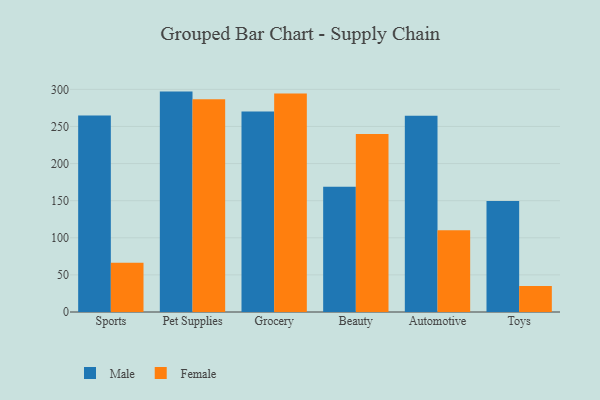
{"axis": {"x": "Category", "y": "Customer Acquisition Cost (USD)"}, "legend": ["Female", "Male"], "data": [{"x": "Sports", "y": 264.9, "type": "Male"}, {"x": "Sports", "y": 66.4, "type": "Female"}, {"x": "Pet Supplies", "y": 297.0, "type": "Male"}, {"x": "Pet Supplies", "y": 286.8, "type": "Female"}, {"x": "Grocery", "y": 270.3, "type": "Male"}, {"x": "Grocery", "y": 294.6, "type": "Female"}, {"x": "Beauty", "y": 168.8, "type": "Male"}, {"x": "Beauty", "y": 239.9, "type": "Female"}, {"x": "Automotive", "y": 264.4, "type": "Male"}, {"x": "Automotive", "y": 110.1, "type": "Female"}, {"x": "Toys", "y": 149.6, "type": "Male"}, {"x": "Toys", "y": 35.2, "type": "Female"}]}